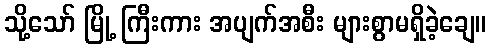
သို့သော် မြို့ ကြီးကား အပျက်အစီး များစွာမရှိခဲ့ချေ။